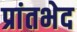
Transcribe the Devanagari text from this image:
प्रांतभेद